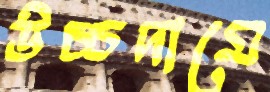
উচ্চদামে